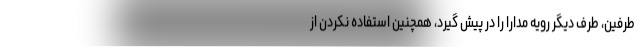
طرفین، طرف دیگر رویه مدارا را در پیش گیرد، همچنین استفاده نکردن از